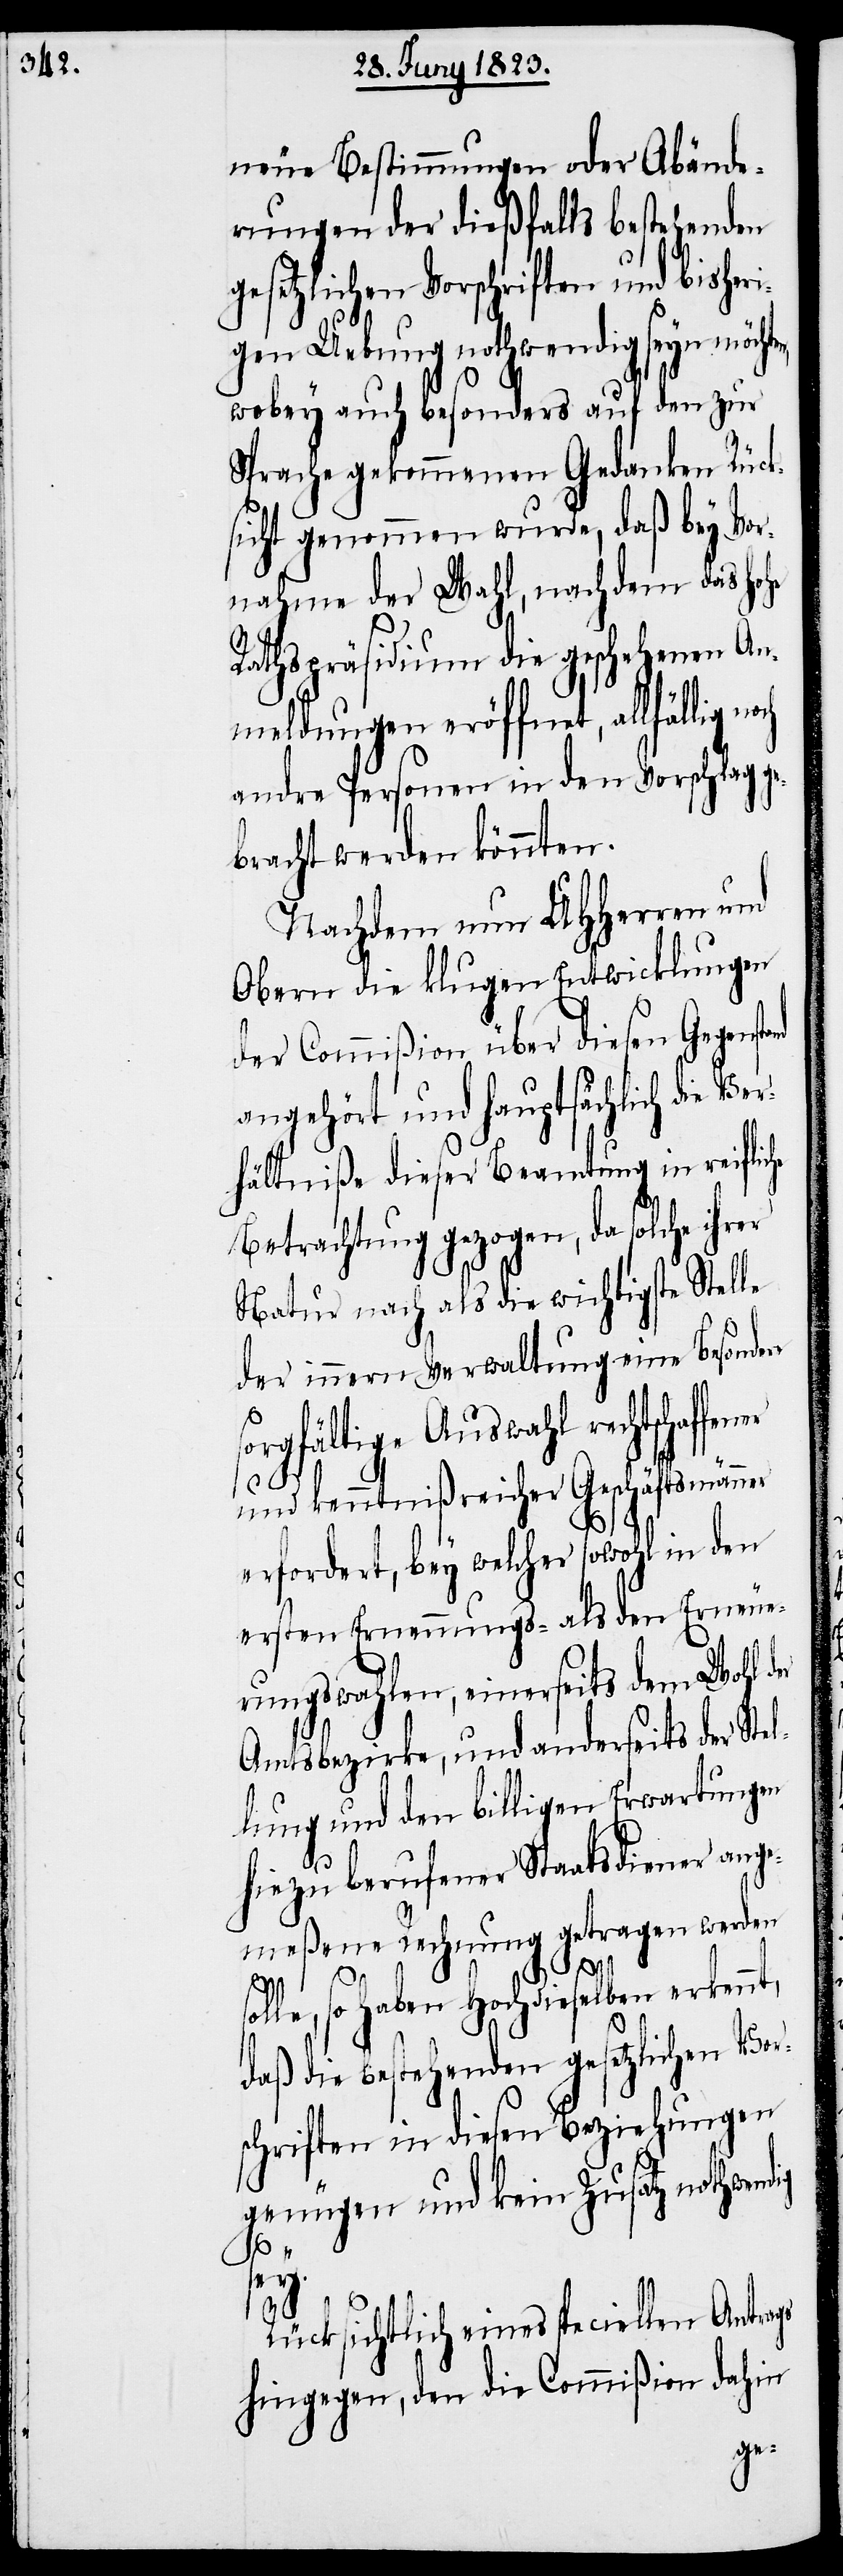
neue Bestimmungen oder Abände¬
rungen der dießfalls bestehenden
gesetzlichen Vorschriften und bisheri¬
gen Uebung nothwendig seyn möcht¬
wobey auch besonders auf den zur
Sprache gekommenen Gedanken Rück¬
sicht genommen wurde, daß bey Vor¬
nahme der Wahl, nachdem das hohe
Rathspräsidium die geschehenen An¬
meldungen eröffnet, allfällig n¬
andre Personen in den Vorschlag ge¬
bracht werden könnten.
Nachdem nun UHHerren und
Obern die klugen Entwicklungen
der Commißion über diesen Gegenst¬
angehört und hauptsächlich die Ver¬
hältniße dieser Beamtung in reifliche
Betrachtung gezogen, da solche ihrer
Natur nach als die wichtigste Stelle
der innern Verwaltung eine Besonders
sorgfältige Auswahl rechtschaffe¬
und kenntnißreicher Geschäftsmänner
erfordert, bey welcher sowohl in den
ersten Ernennungs- als den Erneue¬
rungswahlen, einerseits dem Wohl der
Amtsbezirke, und anderseits der Stel¬
lung und den billigen Erwartungen
hiezu berufener Staatsdiener ange¬
meßene Rechnung getragen werden
sol¬
le, so haben Hochdieselben erkennt,
daß die bestehenden gesetzlichen Vor¬
schriften in diesen Beziehungen
genügen und kein Zusatz nothwendig
sey.
Rücksichtlich eines speciellen Antrags
hingegen, den die Commißion dahin